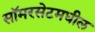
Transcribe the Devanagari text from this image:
सॉमरसेटमधील